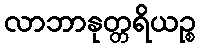
လာဘာနုတ္တရိယဉ္စ